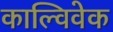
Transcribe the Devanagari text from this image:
काल्विवेक